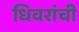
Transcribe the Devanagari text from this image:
धिवरांची